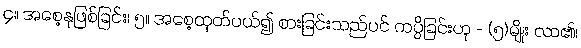
၄။ အစေ့နုဖြစ်ခြင်း၊ ၅။ အစေ့ထုတ်ပယ်၍ စားခြင်းသည်ပင် ကပ္ပိခြင်းဟု - (၅)မျိုး လာ၏၊